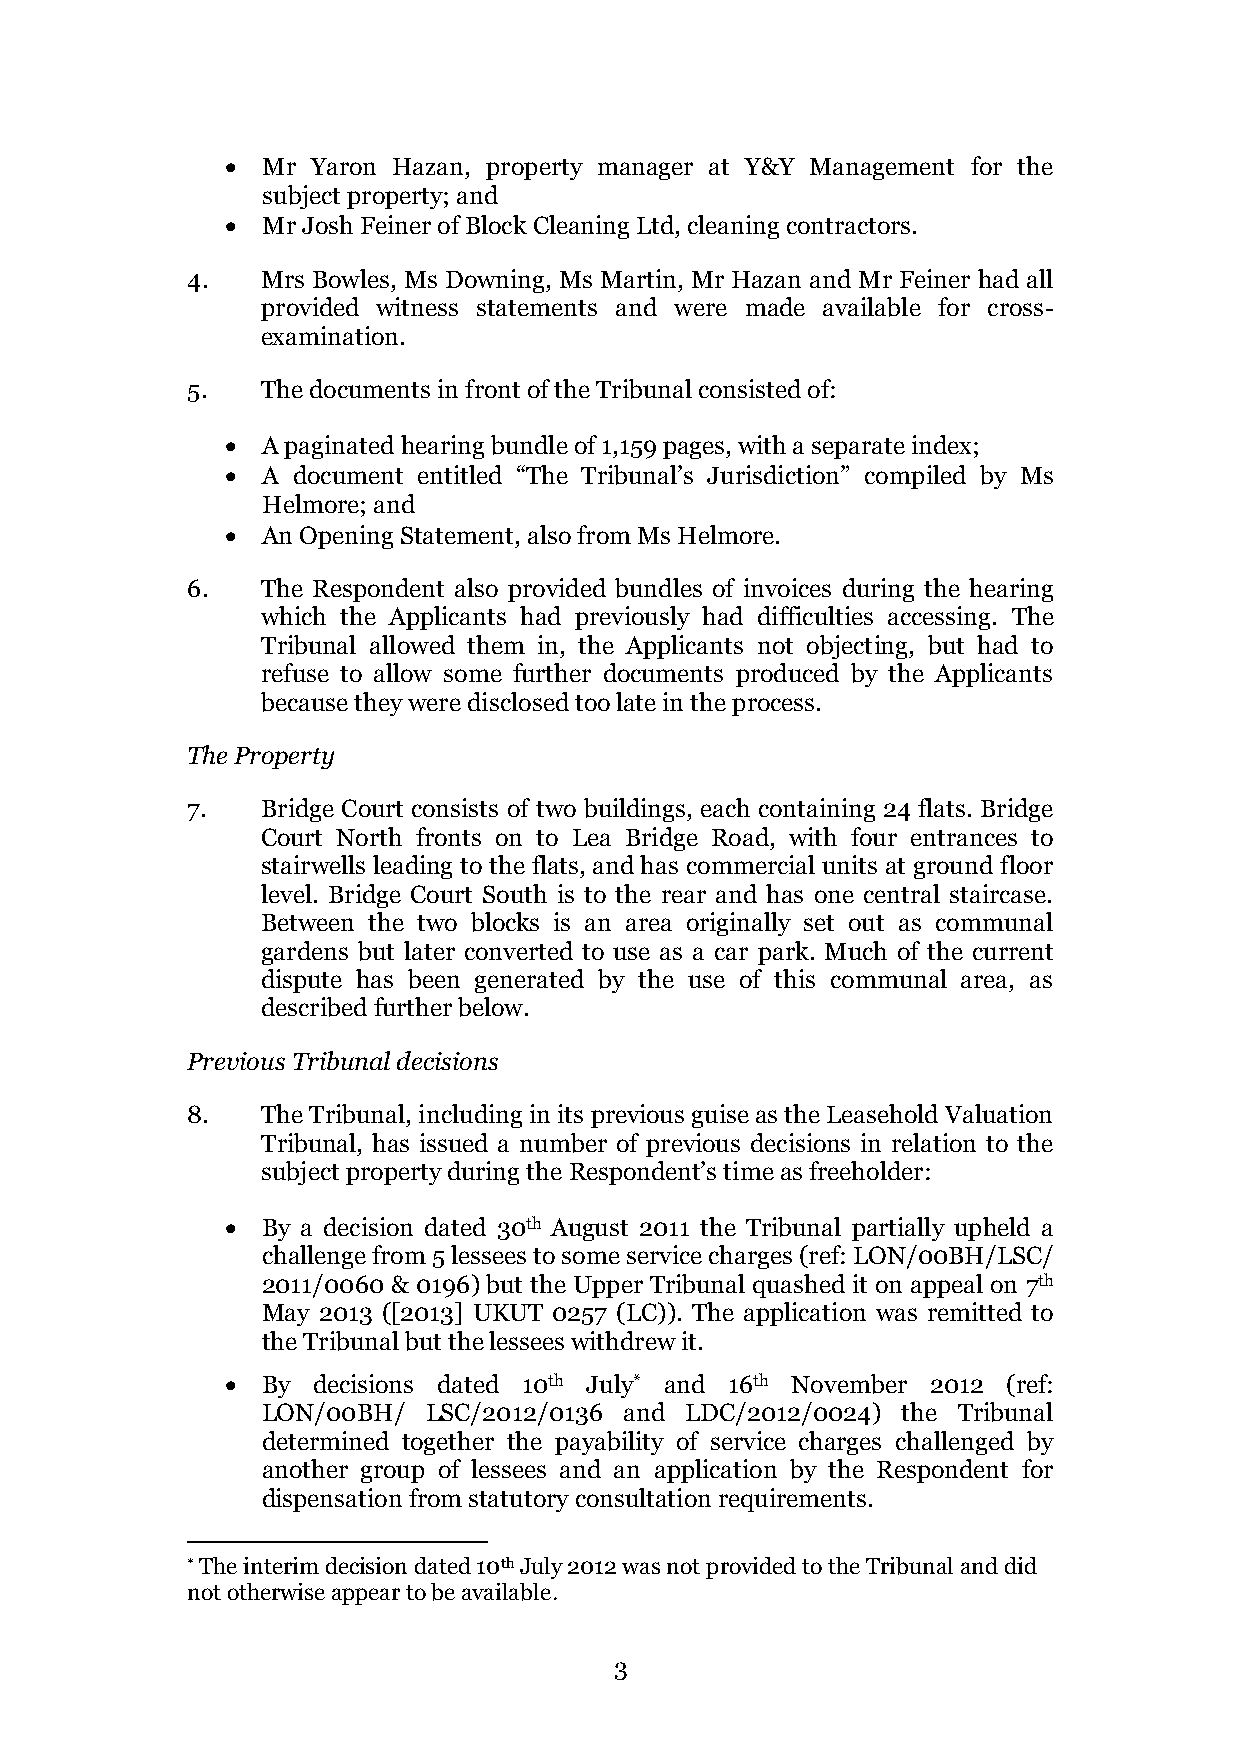
• Mr  Yaron Hazan, property manager at Y&Y Management for the
 subject property; and
 • Mr Josh Feiner of Block Cleaning Ltd, cleaning contractors.
 4.   Mrs Bowles, Ms Downing, Ms Martin, Mr Hazan and Mr Feiner had all
 provided witness statements and were made available for cross-
 examination.
 5.   The documents in front of the Tribunal consisted of:
 • A paginated hearing bundle of 1,159 pages, with a separate index;
 • A document entitled “The Tribunal’s Jurisdiction” compiled by Ms
 Helmore; and
 • An Opening Statement, also from Ms Helmore.
 6.   The Respondent also provided bundles of invoices during the hearing
 which the Applicants had previously had difficulties accessing. The
 Tribunal allowed them in, the Applicants not objecting, but had to
 refuse to allow some further documents produced by the Applicants
 because they were disclosed too late in the process.
 The Property
 7.   Bridge Court consists of two buildings, each containing 24 flats. Bridge
 Court North fronts on to Lea Bridge Road, with four entrances to
 stairwells leading to the flats, and has commercial units at ground floor
 level. Bridge Court South is to the rear and has one central staircase.
 Between the two blocks is an area originally set out as communal
 gardens but later converted to use as a car park. Much of the current
 dispute has been generated by the use of this communal area, as
 described further below.
 Previous Tribunal decisions
 8.   The Tribunal, including in its previous guise as the Leasehold Valuation
 Tribunal, has issued a number of previous decisions in relation to the
 subject property during the Respondent’s time as freeholder:
 • By a decision dated 30th August 2011 the Tribunal partially upheld a
 challenge from 5 lessees to some service charges (ref: LON/00BH/LSC/
 2011/0060 & 0196) but the Upper Tribunal quashed it on appeal on 7th
 May 2013 ([2013] UKUT 0257 (LC)). The application was remitted to
 the Tribunal but the lessees withdrew it.
 • By  decisions dated 10th July* and 16th November 2012 (ref:
 LON/00BH/  LSC/2012/0136 and LDC/2012/0024) the Tribunal
 determined together the payability of service charges challenged by
 another group of lessees and an application by the Respondent for
 dispensation from statutory consultation requirements.
 * The interim decision dated 10th July 2012 was not provided to the Tribunal and did
 not otherwise appear to be available.
 3